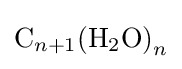
{\ce {C}}_{n+1}{\ce {(H2O)}}_{n}